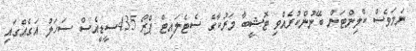
ނަމަވެސް ކްލިންޓަން ބޭނުންކުރެއްވި ޓޮޝީބާ މަރުކާގެ ސެޓެލައިޓް ޕްރޯ 435ސީޑީއެސް ސަހަލު އަގެއްގައި